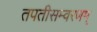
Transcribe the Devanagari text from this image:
तपतीसम्वरणम्